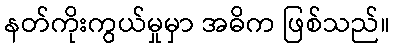
နတ်ကိုးကွယ်မှုမှာ အဓိက ဖြစ်သည်။